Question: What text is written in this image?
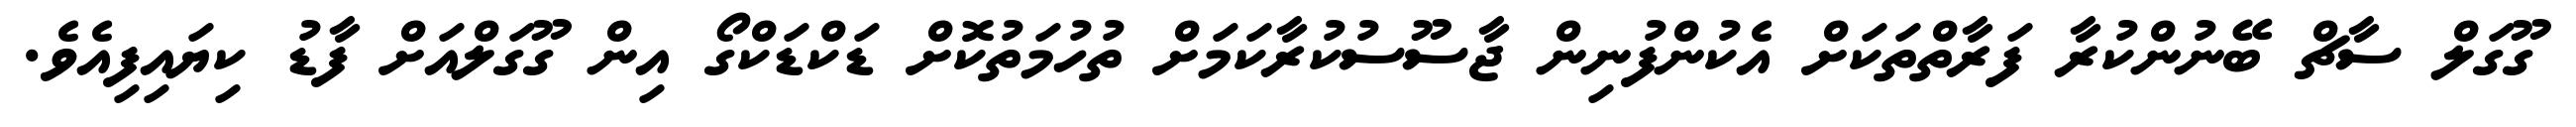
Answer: ގޫގަލް ސާޗް ބޭނުންކުރާ ފަރާތްތަކަށް އެކުންފުނިން ޖާސޫސުކުރާކަމަށް ތުހުމަތުކޮށް ޑަކްޑަކްގޯ އިން ގޫގަލްއަށް ފާޑު ކިޔައިފިއެވެ.